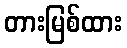
တားမြစ်ထား